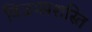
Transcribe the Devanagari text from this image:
विजयप्रशस्ति